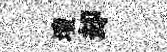
壇却